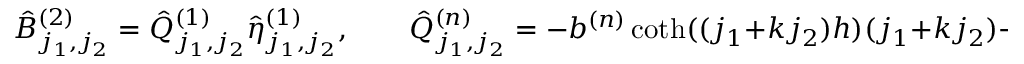
\hat { B } _ { j _ { 1 } , j _ { 2 } } ^ { ( 2 ) } = \hat { Q } _ { j _ { 1 } , j _ { 2 } } ^ { ( 1 ) } \hat { \eta } _ { j _ { 1 } , j _ { 2 } } ^ { ( 1 ) } , \qquad \hat { Q } _ { j _ { 1 } , j _ { 2 } } ^ { ( n ) } = - b ^ { ( n ) } \coth ( ( j _ { 1 } + k j _ { 2 } ) h ) ( j _ { 1 } + k j _ { 2 } ) + \tau ^ { ( n ) } ( j _ { 1 } + k j _ { 2 } ) ^ { 2 } ,